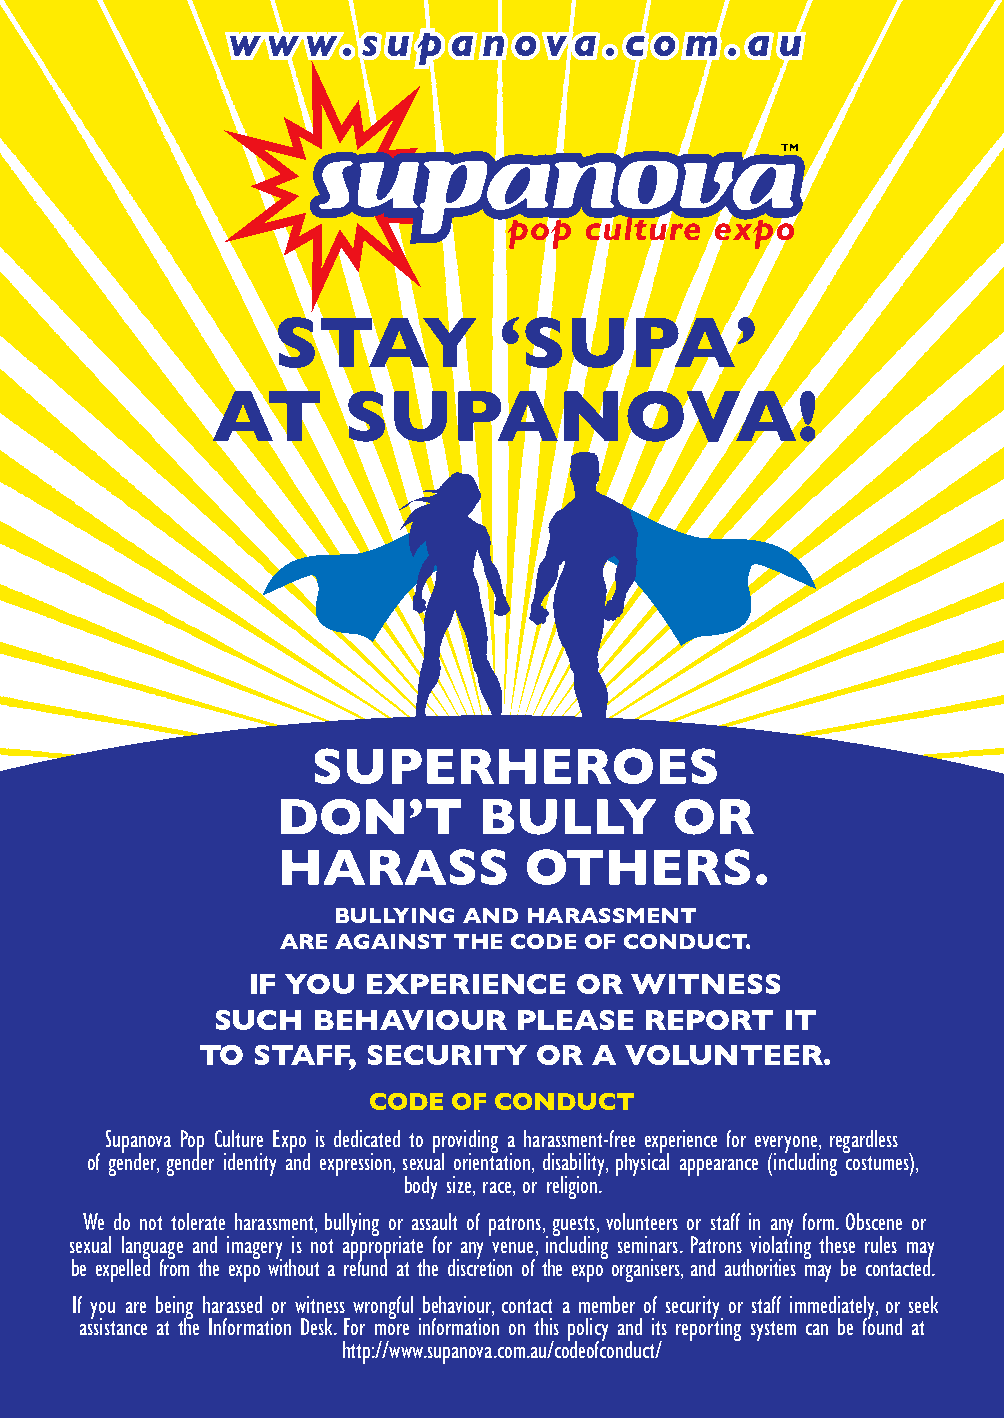
STAY           ‘SUPA’
 AT       SUPANOVA!
 SUPERHEROES
 DON’T         BULLY        OR
 HARASS           OTHERS.
 BULLYING AND HARASSMENT
 ARE AGAINST THE CODE OF CONDUCT.
 IF YOU  EXPERIENCE    OR  WITNESS
 SUCH   BEHAVIOUR    PLEASE   REPORT   IT
 TO  STAFF, SECURITY    OR A VOLUNTEER.
 CODE  OF CONDUCT
 Supanova Pop Culture Expo is dedicated to providing a harassment-free experience for everyone, regardless
 of gender, gender identity and expression, sexual orientation, disability, physical appearance (including costumes),
 body size, race, or religion.
 We do not tolerate harassment, bullying or assault of patrons, guests, volunteers or staff in any form. Obscene or
 sexual language and imagery is not appropriate for any venue, including seminars. Patrons violating these rules may
 be expelled from the expo without a refund at the discretion of the expo organisers, and authorities may be contacted.
 If you are being harassed or witness wrongful behaviour, contact a member of security or staff immediately, or seek
 assistance at the Information Desk. For more information on this policy and its reporting system can be found at
 http://www.supanova.com.au/codeofconduct/
 CodeOfConductAd.indd 1                                    10/11/15 11:29 AM